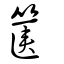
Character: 篋